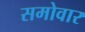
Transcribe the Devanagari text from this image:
समोवार